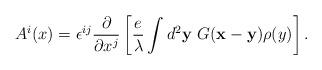
LaTeX: \begin{align*}A^{i}(x)=\epsilon^{ij}\frac{\partial}{\partial x^{j}}\left[\frac{e}{\lambda}\int d^{2}{\bf y} ~G({\bf x}-{\bf y})\rho(y)\right].\end{align*}